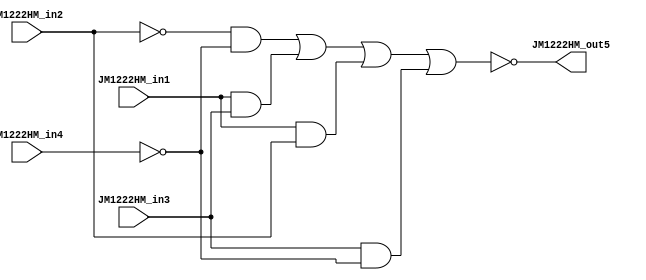
module e (input JM1222HM_in1, input JM1222HM_in2, input JM1222HM_in3, input JM1222HM_in4, output JM1222HM_out5);

wire  JM1222HM_1,  JM1222HM_2,  JM1222HM_3, JM1222HM_4; //store all 4 terms to then OR them
wire JM1222HM_11; //not for output

and and1 ( JM1222HM_1, ~JM1222HM_in2,  ~JM1222HM_in4);
and and2 ( JM1222HM_2,   JM1222HM_in1,    JM1222HM_in3);
and and3 ( JM1222HM_3,   JM1222HM_in1,    JM1222HM_in2);
and and4 ( JM1222HM_4,   JM1222HM_in3,  ~JM1222HM_in4);

or or1 (JM1222HM_11, JM1222HM_1,  JM1222HM_2,  JM1222HM_3, JM1222HM_4);

not not1 (JM1222HM_out5, JM1222HM_11);

endmodule